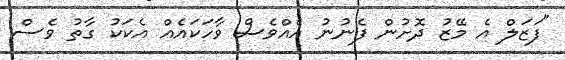
"ފަޒަލް އެ މޭޒު ދޮށުން ފެނުނު އެއްވެސް ވާހަކައެއް އެކަކު ގާތު ވެސް